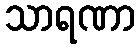
သာရဏာ